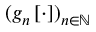
( g _ { n } \left[ \cdot \right] ) _ { n \in \mathbb { N } }